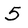
Character: 5